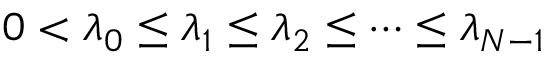
0 < \lambda _ { 0 } \leq \lambda _ { 1 } \leq \lambda _ { 2 } \leq \cdots \leq \lambda _ { N - 1 }